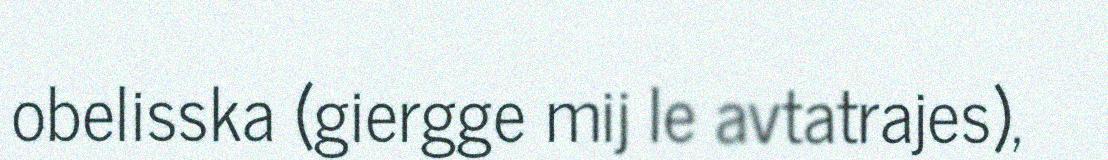
obelisska (giergge mij le avtatrajes),